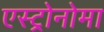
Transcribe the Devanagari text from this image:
एस्ट्रोनोमा